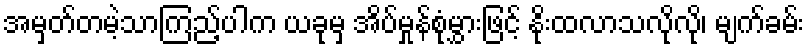
အမှတ်တမဲ့သာကြည့်ပါက ယခုမှ အိပ်မှုန်စုံမွှားဖြင့် နိုးထလာသလိုလို၊ မျက်ခမ်း